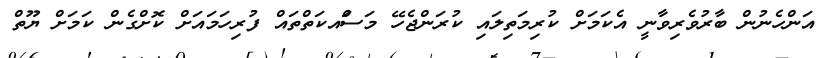
އަންހެނުން ބާރުވެރިވާނީ އެކަމަށް ކުރިމަތިލައި ކުރަންޖެހޭ މަސަްއކަތްތައް ފުރިހަމައަށް ކޮށްގެން ކަމަށް ޔޫތް